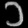
Digit: ၁